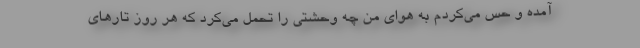
آمده و حس می‌کردم به هوای من چه وحشتی را تحمل می‌کرد که هر روز تارهای